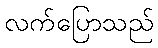
လက်ပြောသည်